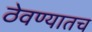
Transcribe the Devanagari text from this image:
ठेवण्यातच